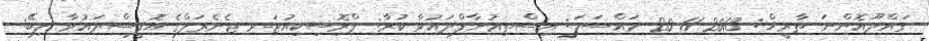
ގައްދޫއޮންނަ ތާރީޚް: 2013-11-20 މައްސަލަ: އިސްތިޢުނާފްދައުވާ ކުރާ: ޕްރޮސިކިއުޓަރ ޖެނެރަލްގެ އޮފީސްދައުވާ ލިބޭ: